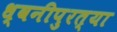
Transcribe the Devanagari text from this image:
ध्वनीपुरत्या